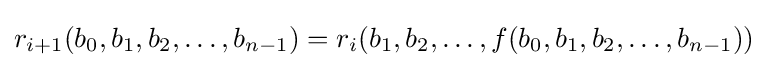
r_{i+1}(b_{0},b_{1},b_{2},\ldots ,b_{n-1})=r_{i}(b_{1},b_{2},\ldots ,f(b_{0},b_{1},b_{2},\ldots ,b_{n-1}))